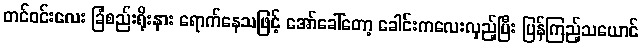
တင်ဝင်းလေး ခြံစည်းရိုးနား ရောက်နေသဖြင့် အော်ခေါ်တော့ ခေါင်းကလေးလှည့်ပြီး ပြန်ကြည့်သယောင်